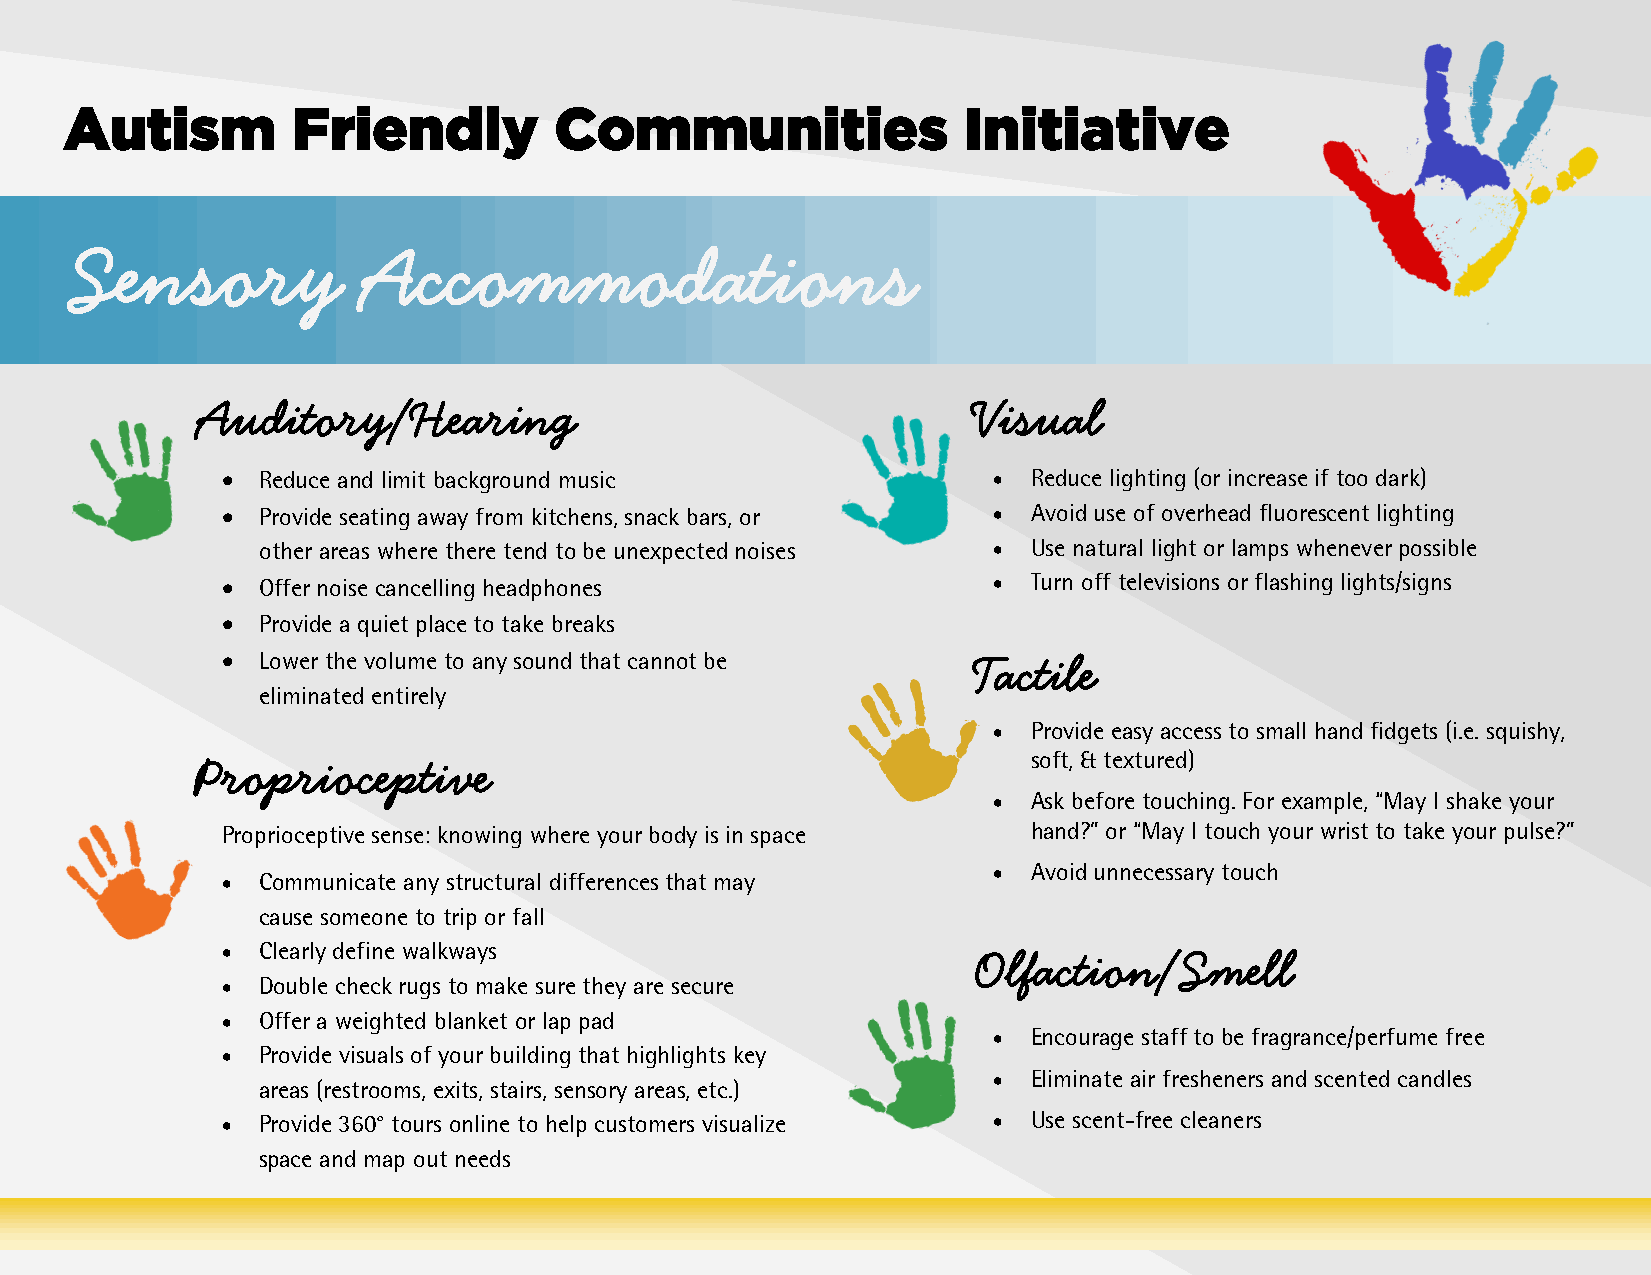
Autism         Friendly          Communities                Initiative
 Sensory            Accommodations
 Auditory/Hearing                                    Visual
 • Reduce and limit background music                • Reduce lighting (or increase if too dark)
 • Provide seating away from kitchens, snack bars, or • Avoid use of overhead fluorescent lighting
 other areas where there tend to be unexpected noises • Use natural light or lamps whenever possible
 • Offer noise cancelling headphones                • Turn off televisions or flashing lights/signs
 • Provide a quiet place to take breaks
 • Lower the volume to any sound that cannot be    Tactile
 eliminated entirely
 • Provide easy access to small hand fidgets (i.e. squishy,
 Proprioceptive                                         soft, & textured)
 • Ask before touching. For example, “May I shake your
 Proprioceptive sense: knowing where your body is in space hand?” or “May I touch your wrist to take your pulse?”
 • Avoid unnecessary touch
 • Communicate any structural differences that may
 cause someone to trip or fall
 • Clearly define walkways                         Olfaction/Smell
 • Double check rugs to make sure they are secure
 • Offer a weighted blanket or lap pad
 • Encourage staff to be fragrance/perfume free
 • Provide visuals of your building that highlights key
 • Eliminate air fresheners and scented candles
 areas (restrooms, exits, stairs, sensory areas, etc.)
 • Provide 360° tours online to help customers visualize • Use scent-free cleaners
 space and map out needs